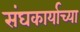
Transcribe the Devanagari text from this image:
संघकार्याच्या